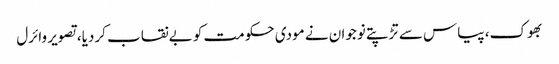
بھوک، پیاس سے تڑپتے نوجوان نے مودی حکومت کو بےنقاب کردیا، تصویر وائرل